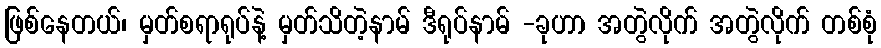
ဖြစ်နေတယ်၊ မှတ်စရာရုပ်နဲ့ မှတ်သိတဲ့နာမ် ဒီရုပ်နာမ် -ခုဟာ အတွဲလိုက် အတွဲလိုက် တစ်စုံ